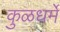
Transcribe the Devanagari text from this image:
कुळधर्में